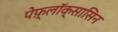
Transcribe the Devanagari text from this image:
पेफ़्लॉक्सासिन